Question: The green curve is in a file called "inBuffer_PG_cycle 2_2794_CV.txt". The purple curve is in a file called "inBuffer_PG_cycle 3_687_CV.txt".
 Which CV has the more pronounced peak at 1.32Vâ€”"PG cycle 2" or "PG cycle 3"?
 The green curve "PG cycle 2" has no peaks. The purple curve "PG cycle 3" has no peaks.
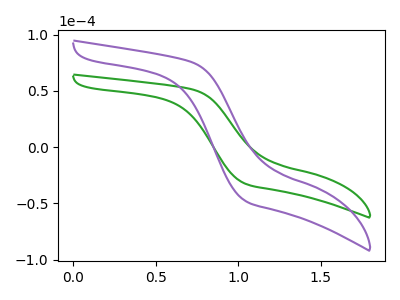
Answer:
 <answer>"PG cycle 2" and "PG cycle 3" dont share a peak at 1.32V.</answer>
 <eval>mismatch</eval>